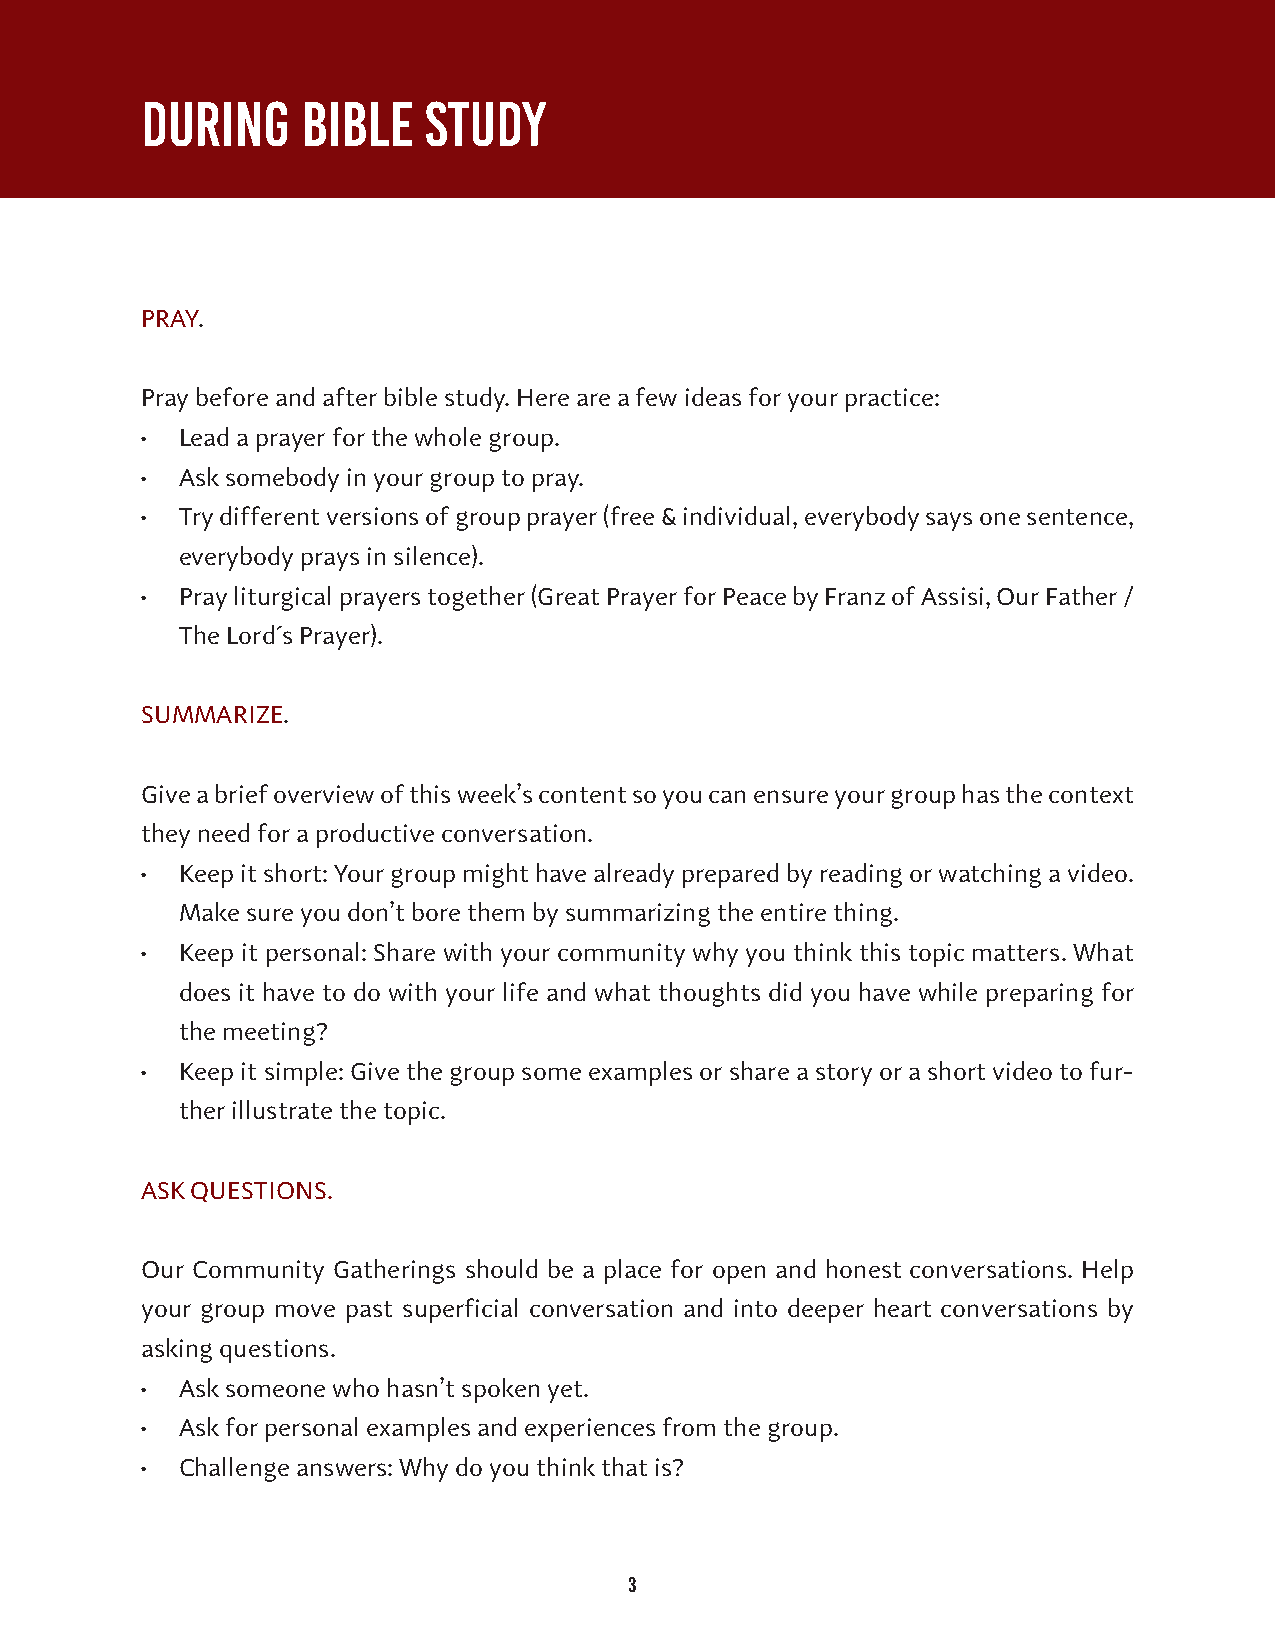
DURING     BIBLE   STUDY
 PRAY.
 Pray before and after bible study. Here are a few ideas for your practice:
 •  Lead a prayer for the whole group.
 •  Ask somebody in your group to pray.
 •  Try different versions of group prayer (free & individual, everybody says one sentence,
 everybody prays in silence).
 •  Pray liturgical prayers together (Great Prayer for Peace by Franz of Assisi, Our Father /
 The Lord´s Prayer).
 SUMMARIZE.
 Give a brief overview of this week’s content so you can ensure your group has the context
 they need for a productive conversation.
 •  Keep it short: Your group might have already prepared by reading or watching a video.
 Make sure you don’t bore them by summarizing the entire thing.
 •  Keep it personal: Share with your community why you think this topic matters. What
 does it have to do with your life and what thoughts did you have while preparing for
 the meeting?
 •  Keep it simple: Give the group some examples or share a story or a short video to fur-
 ther illustrate the topic.
 ASK QUESTIONS.
 Our Community Gatherings should be a place for open and honest conversations. Help
 your group move past superficial conversation and into deeper heart conversations by
 asking questions.
 •  Ask someone who hasn’t spoken yet.
 •  Ask for personal examples and experiences from the group.
 •  Challenge answers: Why do you think that is?
 3